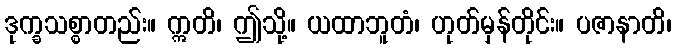
ဒုက္ခသစ္စာတည်း။ ဣတိ၊ ဤသို့။ ယထာဘူတံ၊ ဟုတ်မှန်တိုင်း။ ပဇာနာတိ၊